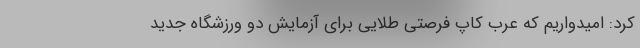
کرد: امیدواریم که عرب کاپ فرصتی طلایی برای آزمایش دو ورزشگاه جدید